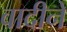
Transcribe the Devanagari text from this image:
वादीने